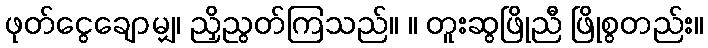
ဖုတ်ငွေချောမျှ၊ ညှိညွတ်ကြသည်။ ။ တူးဆွဖြိုညီ ဖြိုစွတည်း။